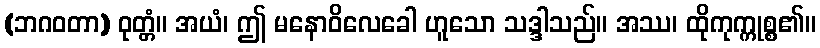
(ဘဂဝတာ) ဝုတ္တံ။ အယံ၊ ဤ မနောဝိလေခေါ ဟူသော သဒ္ဒါသည်။ အဿ၊ ထိုကုက္ကုစ္စ၏။